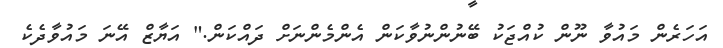
އަހަރެން މައުވާ ނޫން ކުއްޖަކު ބޭނުންނުވާކަން އެންމެންނަށް ދައްކަން." އަޔާޒް އޭނަ މައުވާދެކެ